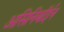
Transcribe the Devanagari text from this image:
असिनिबॉईन